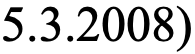
5.3.2008)